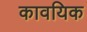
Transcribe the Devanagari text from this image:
कावयिक